Annual administration report of the Civil Veterinary Department of India - 1900-1901
Year: 1900
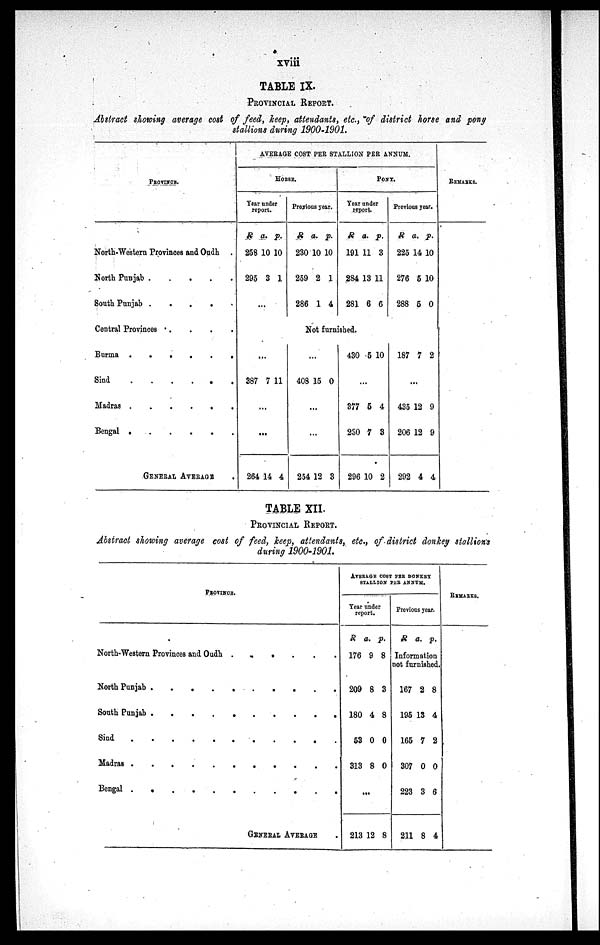
xviii
TABLE IX.
PROVINCIAL REPORT.
Abstract showing average cost of feed, keep, attendants, etc., of district horse and pony
stallions during 1900-1901.
PROVINCE.
North-Western Provinces and Oudh .
North Punjab
.
.
.
.
.
South Punjab . . . . . .
Central Provinces .
.
.
.
Burma
.
.
.
.
.
Sind . . . . . .
Madras .
.
.
.
.
.
Bengal . . . . . .
GENERAL AVERAGE .
AVERAGE COST PER STALLION PER ANNUM.
HORSE.
Year under
report.
R a
258
295
.
10
3
p.
10
1
...
Previous year.
R
230
259
286
a.
10
2
1
p.
10
1
4
PONY.
Year under
report.
R
191
284
281
a. p
11
13
6
.
3
11
6
Previous year.
R
225
276
288
a.
14
5
5
p.
10
10
0
Not furnished.
...
387 7 11
...
...
264 14 4
...
408 15 0
...
...
254 12 3
430 5 10
...
377
230
296
5
7
10
4
3
2
187 7 2
...
435
206
292
12
12
4
9
9
4
REMARKS.
TABLE XII.
PROVINCIAL REPORT.
Abstract showing average cost of feed, keep, attendants, etc., of district donkey stallions
during 1900-1901.
PROVINCE.
North-Western Provinces and Oudh . . . . . .
North
Punjab.
.
.
.
.
.
.
.
.
.
South Punjab
.
.
.
.
.
.
.
.
.
.
sind . . . . . . . .
Madras . . . . . . . . .
Bengal .
.
.
.
.
.
.
.
.
.
.
GENERAL AVERAGE .
AVERAGE COST PER DONKEY
STALLION
PER
ANNUM.
Year under
report.
R
176
209
180
53
313
a.
9
8
4
0
8
p.
8
3
8
0
0
...
213 12 8
Previous year.
R a. p.
Information
not furnished.
167
195
165
307
223
211
2
13
7
0
3
8
8
4
2
0
6
4
REMARKS.